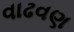
વાઢવણ